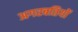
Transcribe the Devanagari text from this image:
अगरबतियों